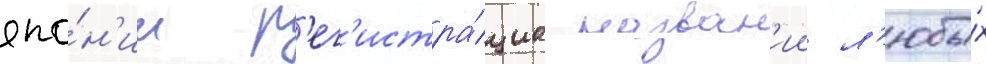
япо́н'ии р'ег'истра́циа назван'ии л'юбы́х